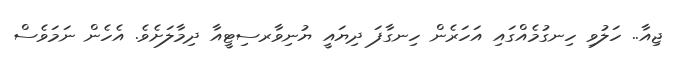
ޖިއާ.. ހަލުވި ހިނގުމެއްގައި އަހަރެން ހިނގާފަ ދިޔައީ ޔުނިވާރސިޓީއާ ދިމާލަށެވެ. އެހެން ނަމަވެސް